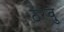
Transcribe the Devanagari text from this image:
ठरवु